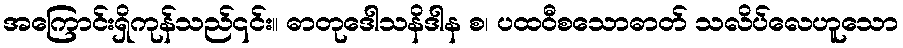
အကြောင်းရှိကုန်သည်၎င်း။ ဓာတုဒေါသနိဒါန စ၊ ပထဝီစသောဓာတ် သလိပ်လေဟူသော